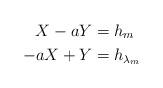
LaTeX: \begin{align*} X-aY&=h_m\\ -aX+Y&=h_{\lambda_m}\end{align*}